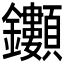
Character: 𮣯